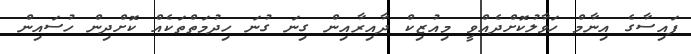
ފައިސާގެ އިނާމް ހަވާލުކޮށްދެއްވީ މިއުޒިކް ދާއިރާއިން ގިނަ ގުނަ ހިދުމަތްތަކެއް ކޮށްދިން ހުސައިން